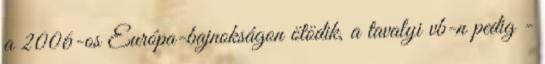
a 2006-os Európa-bajnokságon ötödik, a tavalyi vb-n pedig -